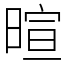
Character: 暄